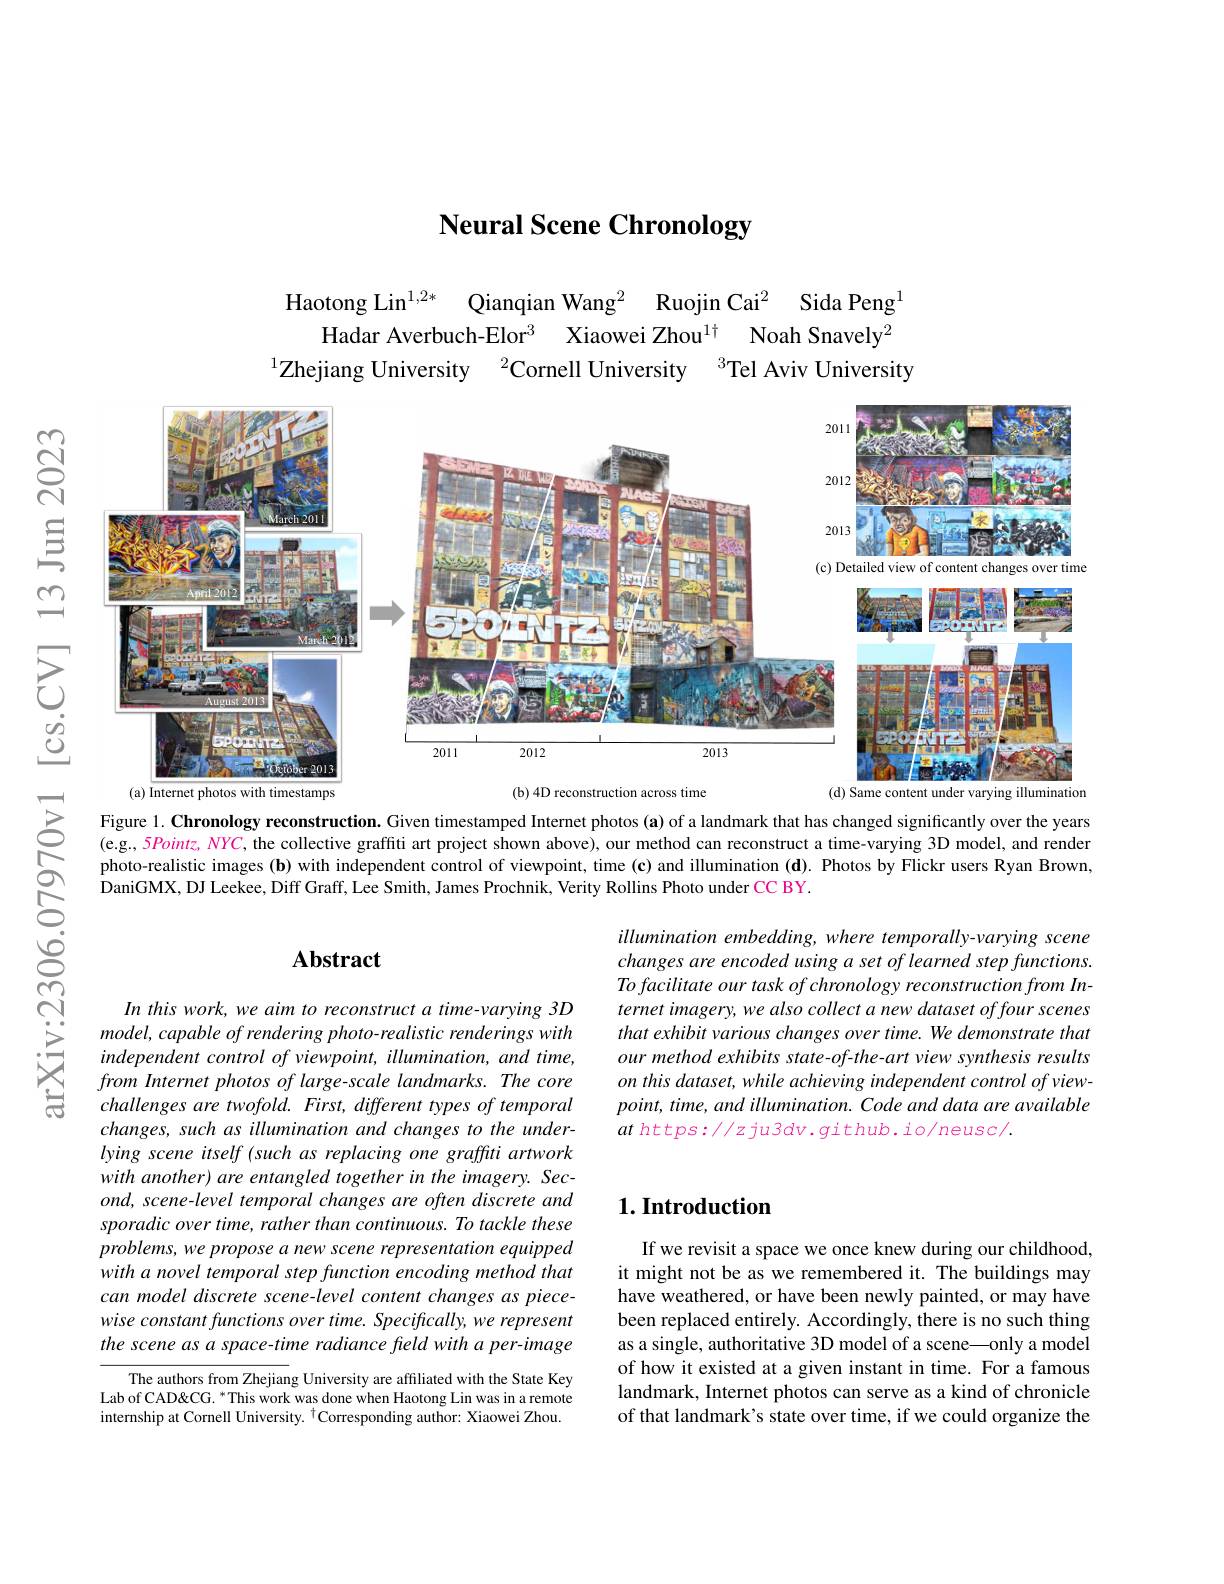
$\textbf{Neural Scene Chronology}$

Haotong Lin$^{1,2*}$ Qianqian Wang$^{2}$ Ruojin Cai$^{2}$ Sida Peng$^{1}$
Hadar Averbuch-Elor$^3$ Xiaowei Zhou$^{1\dagger }$ Noah Snavely$^{2}$
$^{1}$Zhejiang University$^{\:2}$Cornell University$^{\:3}$Tel Aviv University

<FigureHere>

$at$ https$://z$ ju3dv.github.io/neusc/.

changes, such as illumination and changes to the underlying scene itself (such as replacing one graffiti artwork with another) are entangled together in the imagery. Second, scene-level temporal changes are often discrete and sporadic over time, rather than continuous. To tackle these problems, we propose a new scene representation equipped with a novel temporal step function encoding method that can model discrete scene-level content changes as piecewise constant functions over time. Specifically, we represent the scene as a space-time radiance field with a per- image

## $1. \textbf{Introduction}$

If we revisit a space we once knew during our childhood, it might not be as we remembered it. The buildings may have weathered, or have been newly painted, or may have been replaced entirely. Accordingly, there is no such thing as a single, authoritative 3D model of a scene—only a model of how it existed at a given instant in time. For a famous landmark, Internet photos can serve as a kind of chronicle of that landmark's state over time, if we could organize the

The authors from Zhejiang University are affiliated with the State Key Lab of CAD&CG. *This work was done when Haotong Lin was in a remote internship at Cornell University. $^{\dagger}$Corresponding author: Xiaowei Zhou.